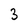
Character: 3